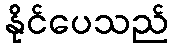
နိုင်ပေသည်